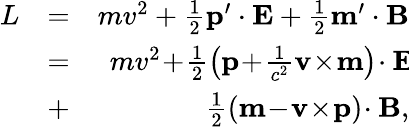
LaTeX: \begin{array}{rlr}{L}&{=}&{mv^{2}+\frac{1}{2}\mathbf p^{\prime}\cdot\mathbf E+\frac{1}{2}\mathbf m^{\prime}\cdot\mathbf B}\\ &{=}&{mv^{2}\! +\! \frac{1}{2}\left(\mathbf p\! +\! \frac{1}{c^{2}}\mathbf v\! \times\! \mathbf m\right)\! \cdot\mathbf E\! }\\ &{+}&{\! \frac{1}{2}\left(\mathbf m\! -\! \mathbf v\! \times\! \mathbf p\right)\! \cdot\mathbf B,}\end{array}